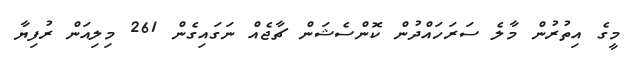
މީގެ އިތުރުން މާލެ ސަރަހައްދުން ކޮންސެޝަން ޗާޖެއް ނަގައިގެން 261 މިލިއަން ރުފިޔާ